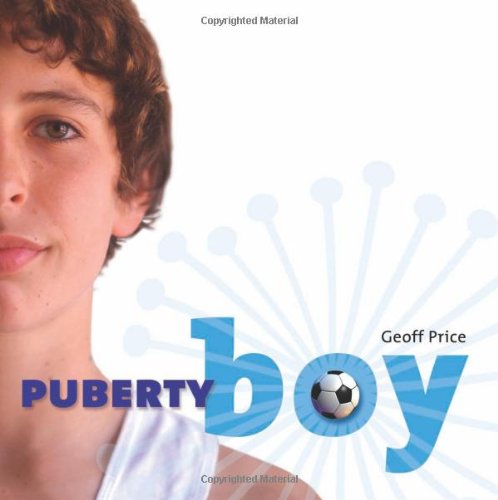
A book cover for Puberty Boy; Geoff Price; Teen & Young Adult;